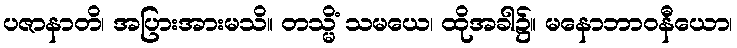
ပဇာနာတိ၊ အပြားအားမသိ။ တသ္မိံ သမယေ၊ ထိုအခါ၌။ မနောဘာဝနီယော၊